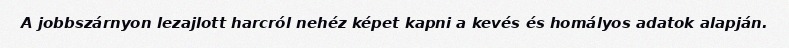
A jobbszárnyon lezajlott harcról nehéz képet kapni a kevés és homályos adatok alapján.